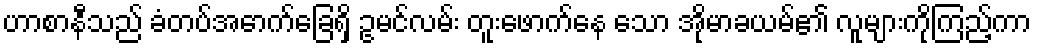
ဟာစာနီသည် ခံတပ်အောက်ခြေရှိ ဥမင်လမ်း တူးဖောက်နေ သော အိုမာခယမ်၏ လူများကိုကြည့်ကာ